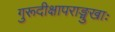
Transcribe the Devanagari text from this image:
गुरूदीक्षापराङ्मुखाः